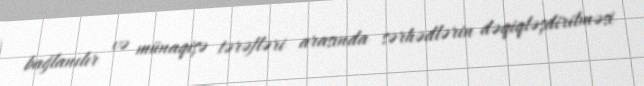
bağlanılır və münaqişə tərəfləri arasında sərhədlərin dəqiqləşdirilməsi